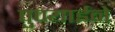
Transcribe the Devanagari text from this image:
पुण्याईने